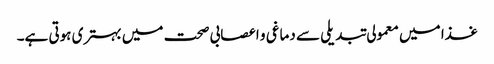
غذا میں معمولی تبدیلی سے دماغی و اعصابی صحت میں بہتری ہوتی ہے۔